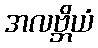
အလဗ္ဘိယံ